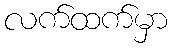
လက်ထက်မှာ